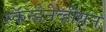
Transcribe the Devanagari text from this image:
स्कॅन्डेनेव्हीयन